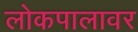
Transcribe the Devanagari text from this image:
लोकपालावर